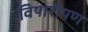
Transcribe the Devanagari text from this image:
विषारीपण